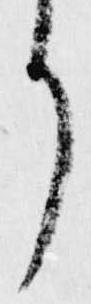
り